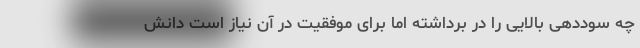
چه سوددهی بالایی را در برداشته اما برای موفقیت در آن نیاز است دانش